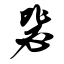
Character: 毖